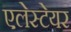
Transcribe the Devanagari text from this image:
एलेस्टेयर